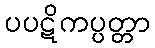
ပပဋိကပ္ပတ္တာ